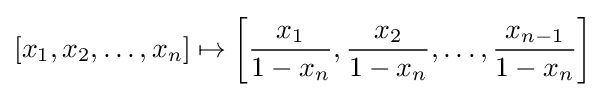
[x_{1},x_{2},\ldots ,x_{n}]\mapsto \left[{\frac {x_{1}}{1-x_{n}}},{\frac {x_{2}}{1-x_{n}}},\ldots ,{\frac {x_{n-1}}{1-x_{n}}}\right]